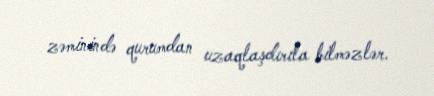
zəminində qurumdan uzaqlaşdırıla bilməzlər.